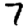
Digit: 7